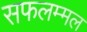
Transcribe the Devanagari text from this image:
सफलम्मल